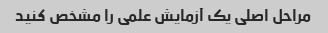
مراحل اصلی یک آزمایش علمی را مشخص کنید